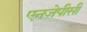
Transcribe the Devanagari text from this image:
एनजेपीसी